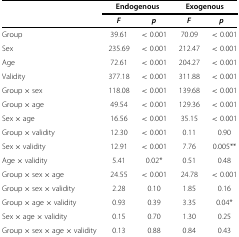
<table><thead><tr><td>[EMPTY_CELL]</td><td colspan="2"><b>Endogenous</b></td><td colspan="2"><b>Exogenous</b></td></tr><tr><td>[EMPTY_CELL]</td><td><b><i>F</i></b></td><td><b><i>p</i></b></td><td><b><i>F</i></b></td><td><b><i>p</i></b></td></tr></thead><tbody><tr><td>Group</td><td>39.61</td><td>&lt;0.001</td><td>70.09</td><td>&lt;0.001</td></tr><tr><td>Sex</td><td>235.69</td><td>&lt;0.001</td><td>212.47</td><td>&lt;0.001</td></tr><tr><td>Age</td><td>72.61</td><td>&lt;0.001</td><td>204.27</td><td>&lt;0.001</td></tr><tr><td>Validity</td><td>377.18</td><td>&lt;0.001</td><td>311.88</td><td>&lt;0.001</td></tr><tr><td>Group × sex</td><td>118.08</td><td>&lt;0.001</td><td>139.68</td><td>&lt;0.001</td></tr><tr><td>Group × age</td><td>49.54</td><td>&lt;0.001</td><td>129.36</td><td>&lt;0.001</td></tr><tr><td>Sex × age</td><td>16.56</td><td>&lt;0.001</td><td>35.15</td><td>&lt;0.001</td></tr><tr><td>Group × validity</td><td>12.30</td><td>&lt;0.001</td><td>0.11</td><td>0.90</td></tr><tr><td>Sex × validity</td><td>12.91</td><td>&lt;0.001</td><td>7.76</td><td>0.005**</td></tr><tr><td>Age × validity</td><td>5.41</td><td>0.02*</td><td>0.51</td><td>0.48</td></tr><tr><td>Group × sex × age</td><td>24.55</td><td>&lt;0.001</td><td>24.78</td><td>&lt;0.001</td></tr><tr><td>Group × sex × validity</td><td>2.28</td><td>0.10</td><td>1.85</td><td>0.16</td></tr><tr><td>Group × age × validity</td><td>0.93</td><td>0.39</td><td>3.35</td><td>0.04*</td></tr><tr><td>Sex × age × validity</td><td>0.15</td><td>0.70</td><td>1.30</td><td>0.25</td></tr><tr><td>Group × sex × age × validity</td><td>0.13</td><td>0.88</td><td>0.84</td><td>0.43</td></tr></tbody></table>